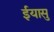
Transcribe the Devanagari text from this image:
ईयासु